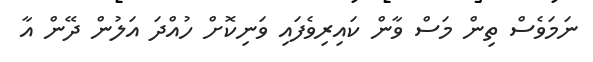
ނަމަވެސް ތިން މަސް ވާން ކައިރިވެފައި ވަނިކޮށް ހުއްދަ އަލުން ދޭން އާ